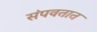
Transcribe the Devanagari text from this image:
संपवतात